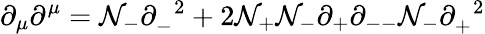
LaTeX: {\partial}_{\mu}{\partial}^{\mu}=\mathcal{N}_{-}{\partial}_{-}^{\; \; 2}+2\mathcal{N}_{+}\mathcal{N}_{-}{\partial}_{+}{\partial}_{--}\mathcal{N}_{-}{\partial}_{+}^{\; \; 2}